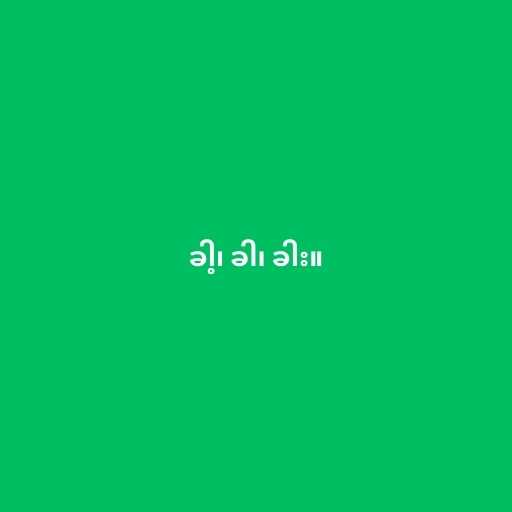
ခါ့၊ ခါ၊ ခါး။